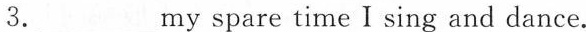
3.___ my spare time I sing and dance.